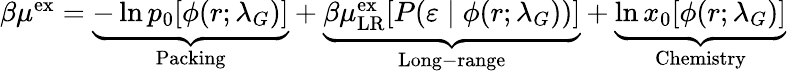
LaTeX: \begin{array}{r}{\beta\mu^{\mathrm{{ex}}}=\underbrace{-\ln p_{0}[\phi(r;\lambda_{G})]}_{\mathrm{Packing}}+\underbrace{\beta\mu_{\mathrm{{LR}}}^{\mathrm{ex}}[P(\varepsilon\; |\; \phi(r;\lambda_{G}))]}_{\mathrm{Long-range}}+\underbrace{\ln x_{0}[\phi(r;\lambda_{G})]}_{\mathrm{Chemistry}}}\end{array}